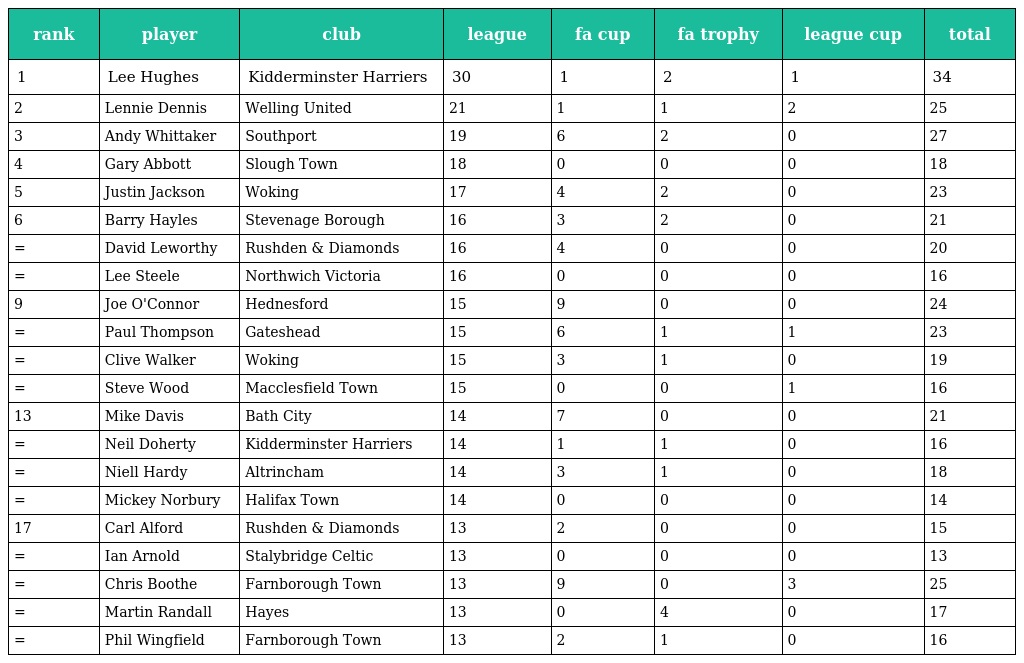
| rank | player | club | league | fa cup | fa trophy | league cup | total |
 | --- | --- | --- | --- | --- | --- | --- | --- |
 | 1 | Lee Hughes | Kidderminster Harriers | 30 | 1 | 2 | 1 | 34 |
 | 2 | Lennie Dennis | Welling United | 21 | 1 | 1 | 2 | 25 |
 | 3 | Andy Whittaker | Southport | 19 | 6 | 2 | 0 | 27 |
 | 4 | Gary Abbott | Slough Town | 18 | 0 | 0 | 0 | 18 |
 | 5 | Justin Jackson | Woking | 17 | 4 | 2 | 0 | 23 |
 | 6 | Barry Hayles | Stevenage Borough | 16 | 3 | 2 | 0 | 21 |
 | = | David Leworthy | Rushden & Diamonds | 16 | 4 | 0 | 0 | 20 |
 | = | Lee Steele | Northwich Victoria | 16 | 0 | 0 | 0 | 16 |
 | 9 | Joe O'Connor | Hednesford | 15 | 9 | 0 | 0 | 24 |
 | = | Paul Thompson | Gateshead | 15 | 6 | 1 | 1 | 23 |
 | = | Clive Walker | Woking | 15 | 3 | 1 | 0 | 19 |
 | = | Steve Wood | Macclesfield Town | 15 | 0 | 0 | 1 | 16 |
 | 13 | Mike Davis | Bath City | 14 | 7 | 0 | 0 | 21 |
 | = | Neil Doherty | Kidderminster Harriers | 14 | 1 | 1 | 0 | 16 |
 | = | Niell Hardy | Altrincham | 14 | 3 | 1 | 0 | 18 |
 | = | Mickey Norbury | Halifax Town | 14 | 0 | 0 | 0 | 14 |
 | 17 | Carl Alford | Rushden & Diamonds | 13 | 2 | 0 | 0 | 15 |
 | = | Ian Arnold | Stalybridge Celtic | 13 | 0 | 0 | 0 | 13 |
 | = | Chris Boothe | Farnborough Town | 13 | 9 | 0 | 3 | 25 |
 | = | Martin Randall | Hayes | 13 | 0 | 4 | 0 | 17 |
 | = | Phil Wingfield | Farnborough Town | 13 | 2 | 1 | 0 | 16 |